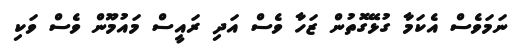
ނަމަވެސް އެކަމާ ގުޅޭގޮތުން ޒަހާ ވެސް އަދި ރައީސް މައުމޫން ވެސް ވަކި